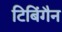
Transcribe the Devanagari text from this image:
टिबिंगैन